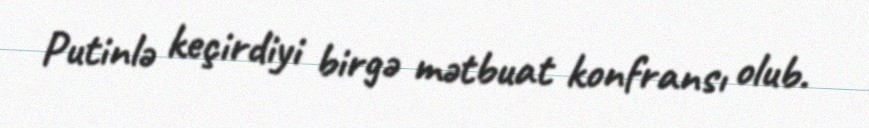
Putinlə keçirdiyi birgə mətbuat konfransı olub.